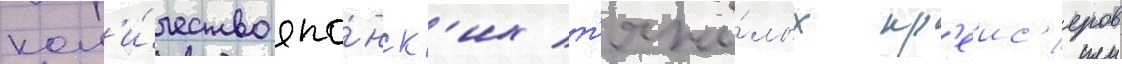
кол'и́чество япо́нск'их т'яжё́лых кр'еис'еров